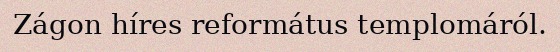
Zágon híres református templomáról.